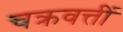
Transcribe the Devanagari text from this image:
चक्रवत्तीं